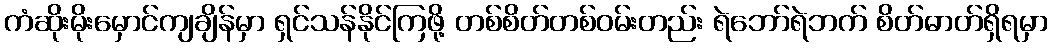
ကံဆိုးမိုးမှောင်ကျချိန်မှာ ရှင်သန်နိုင်ကြဖို့ တစ်စိတ်တစ်ဝမ်းတည်း ရဲဘော်ရဲဘက် စိတ်ဓာတ်ရှိရမှာ